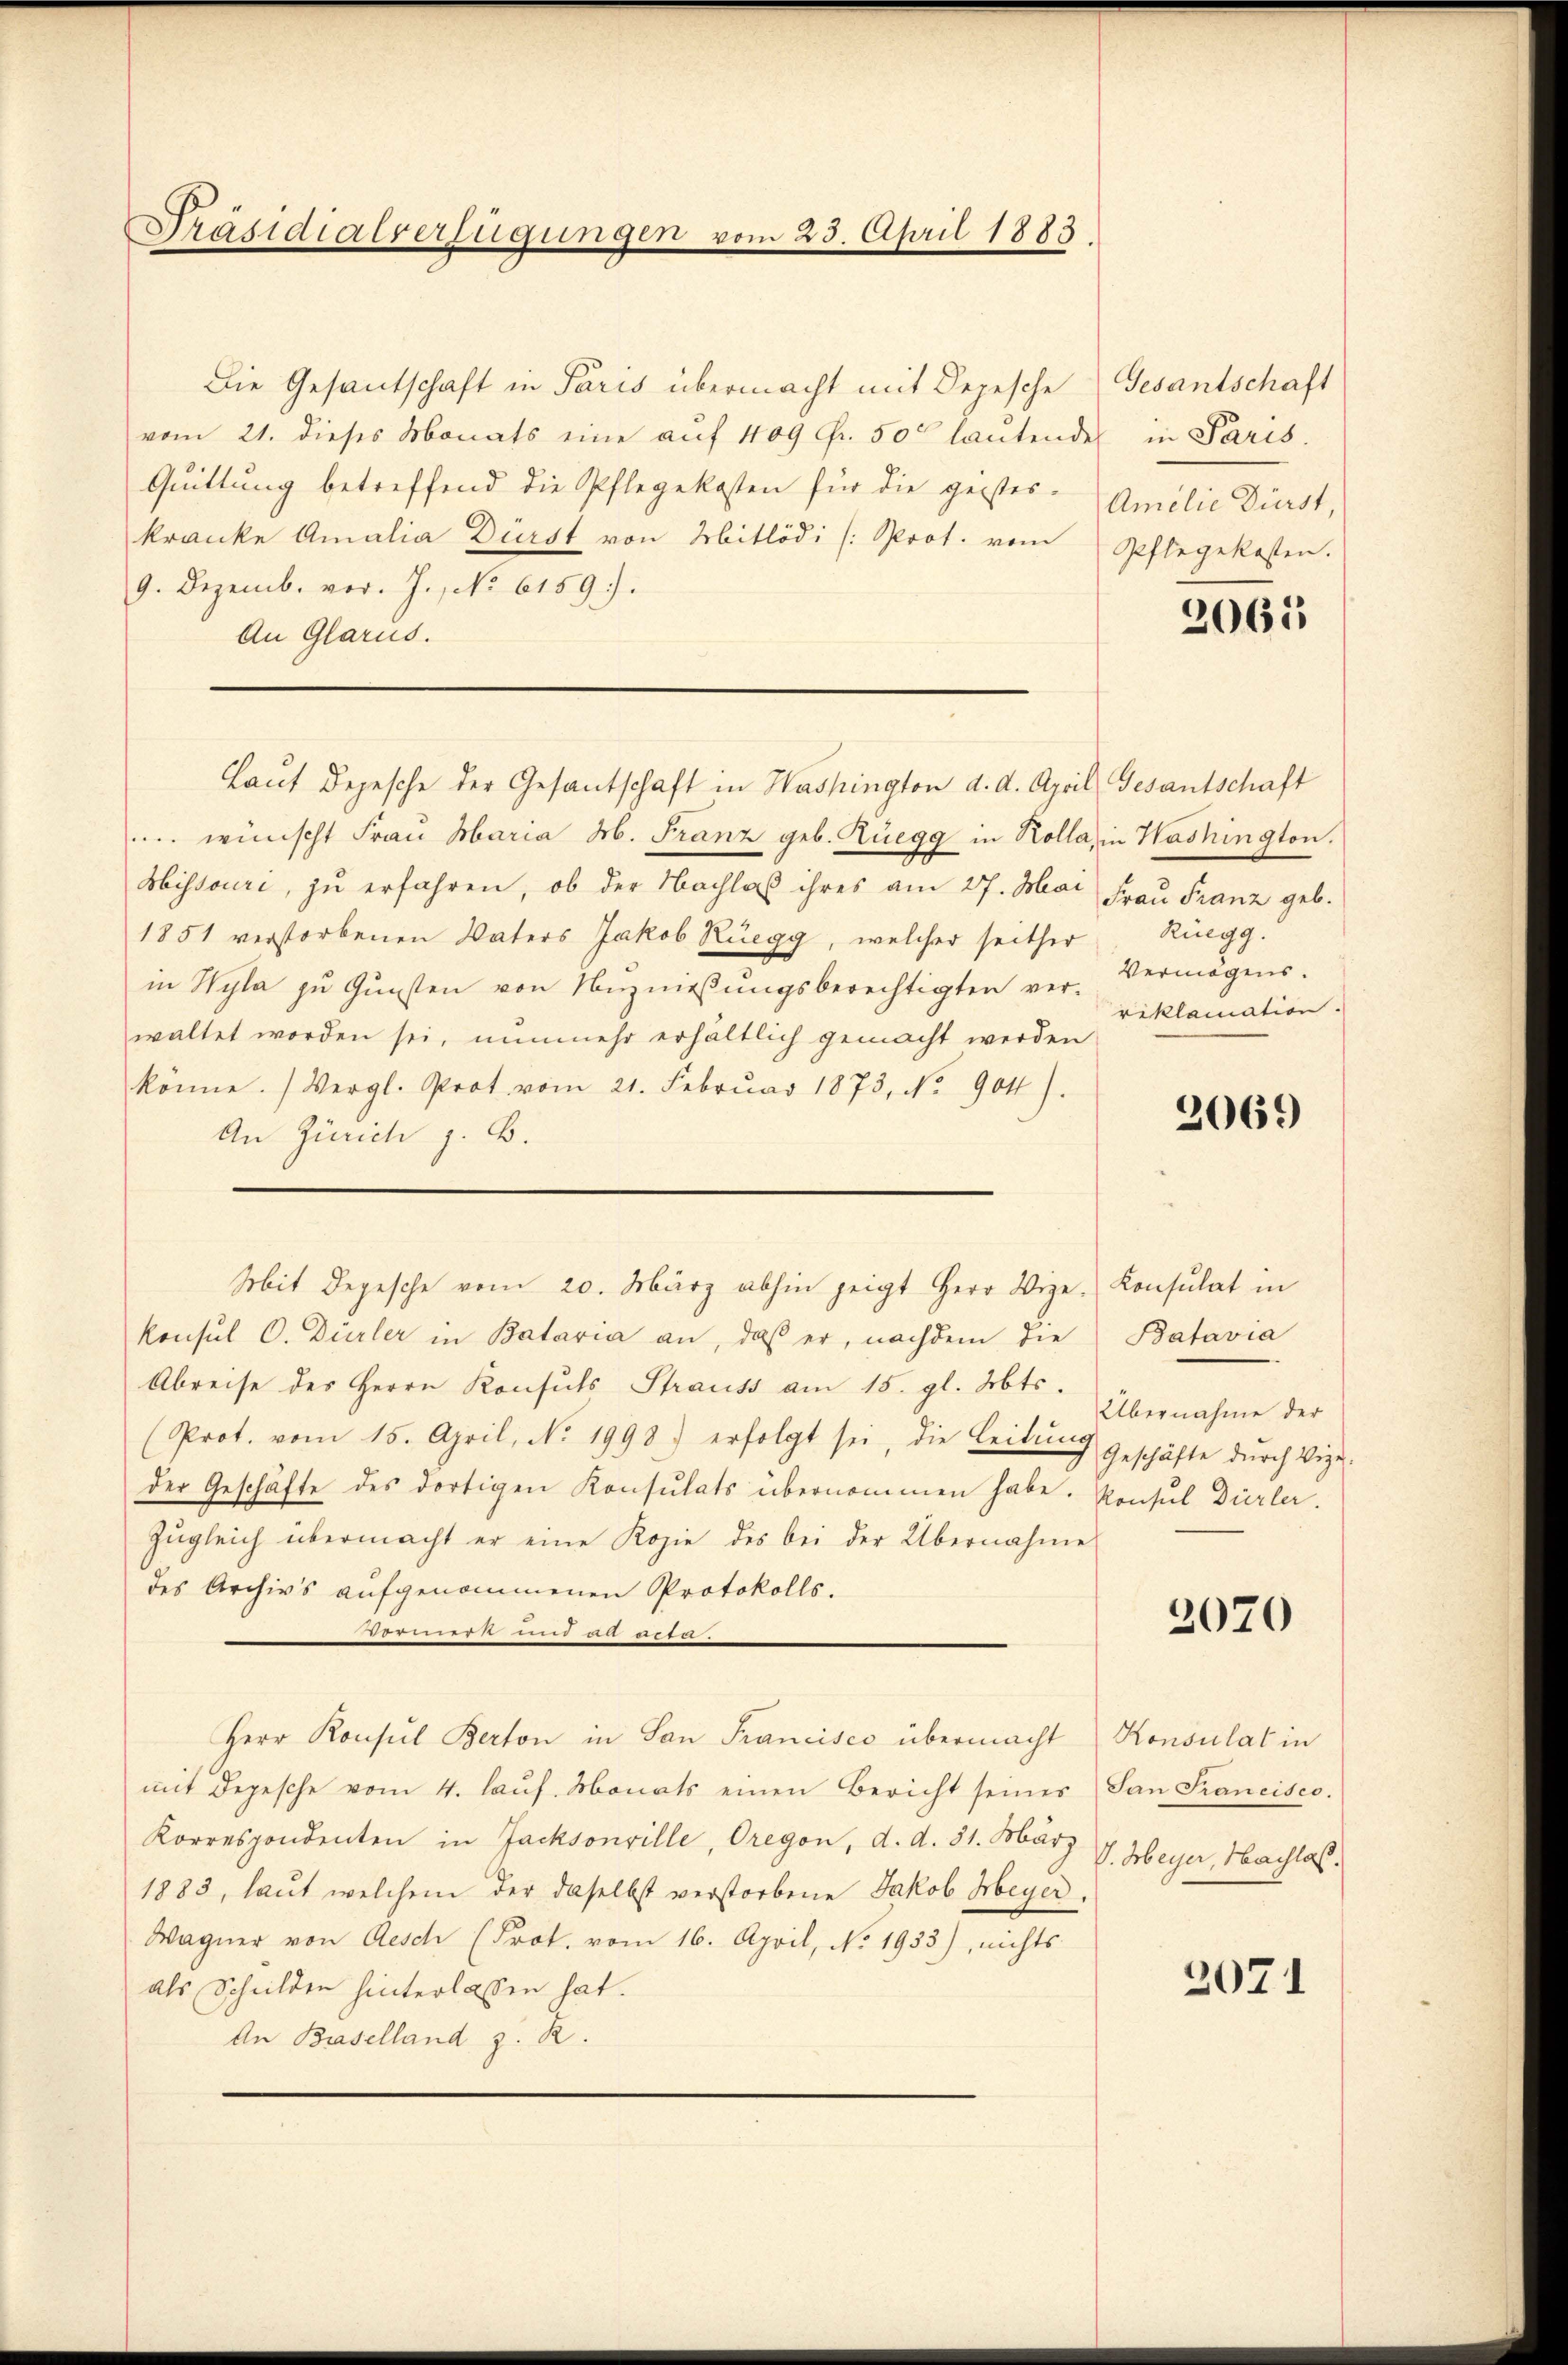
Präsidialverfügungen vom 23. April 1883.

Die Gesandschaft in Paris übermacht mit Depesche Gesantschaft
vom 21. dieses Monats eine auf 409 Fr. 50 lautende in Paris.
Quittung betreffend die Pflegekosten für die geistes-
kranke Amalia Dürst von Mitlödi [Prot. vom Pflegekosten.
9. Dezemb. vor. J., No 6159).
An Glarus.
Laut Depesche der Gesantschaft in Washington d. d. April, Gesantschaft
. wünscht Frau Maria M. Franz geb. Zuegg in Kolla, in Washington.
Sbissouri, zu erfahren, ob der Nachlaß ihres am 27. Mai Frau Franz geb.
1851 verstorbenen Vaters Jakob Rüegg, welcher seither
in Wyla zu Gunsten von Unzniessungsberechtigten ver- Vermögenswaltet worden sei, nunmehr erhältlich gemacht werden
könne. (Vergl. Prot vom 21. Febrŭar 1873, No. 904).
An Zürich z. B.
konsul O. Dürler in Bataria an, daß er, nachdem die
Abreise des Herrn Konsuls Strauss am 15. gl. Mts.
(Prot. vom 15. April, No. 1998.) erfolgt sei, die Leitŭng geschäfte dŭrch Vize-
der Geschäfte des dortigen Konsulats übernommen habe. Konsul Dürler.
Zŭgleich übermacht er eine Kopie des bei der Übernahme
des Archivs aufgenommenen Protokolls.
 527 505
Herr Konsul Berton in San Francisco übermacht Konsulat in
mit Depesche vom 4. laŭf. Monats einen Bericht seines San Francisco
Korrespondenten in Jacksonville, Oregen, d. d. 31. März
1883, laut welchem der daselbst verstorbene Jakob Meyer.
Wagner von Aesch (Prot. vom 16. April, No. 1933), nichts
als Schulden hinterlassen hat.
An Baselland z. R.

Mit Depesche vom 20. März abhin zeigt Herr Vize-Konsulat in

Amilie Dürst,

2065

Rüegg.
riklamation.

2069

Batavia
Übernahme der

2070

V. Meyer, Nachtes.

2071